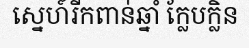
ស្នេហ៍រីកពាន់ឆ្នាំ ក្លែបក្លិន